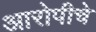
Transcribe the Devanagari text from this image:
आरोपीचे